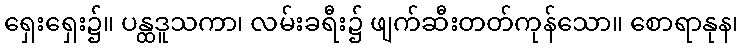
ရှေးရှေး၌။ ပန္ထဒူသကာ၊ လမ်းခရီး၌ ဖျက်ဆီးတတ်ကုန်သော။ စောရာနုန၊